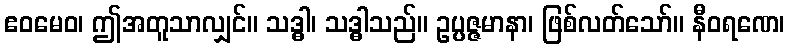
ဧဝမေဝ၊ ဤအတူသာလျှင်။ သဒ္ဓါ၊ သဒ္ဓါသည်။ ဥပ္ပဇ္ဇမာနာ၊ ဖြစ်လတ်သော်။ နီဝရဏေ၊